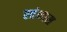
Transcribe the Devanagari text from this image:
स्तंभास